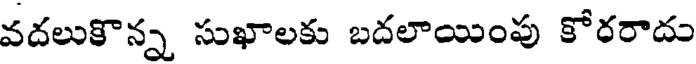
వదలుకొన్న సుఖాలకు బదలాయింపు కోరరాదు